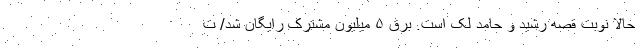
حالا نوبت قصه رشید و حامد لک است. برق ۵ میلیون مشترک رایگان شد/ ت